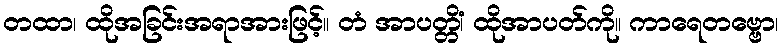
တထာ၊ ထိုအခြင်းအရာအားဖြင့်။ တံ အာပတ္တိံ၊ ထိုအာပတ်ကို။ ကာရေတဗ္ဗော၊